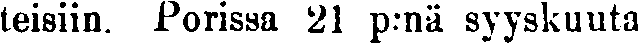
teisiin. Porissa 21 p:nä syyskuuta